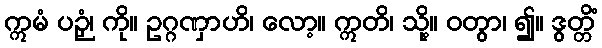
ဣမံ ပဉှံ၊ ကို။ ဥဂ္ဂဏှာဟိ၊ လော့။ ဣတိ၊ သို့။ ဝတွာ၊ ၍။ ဒွတ္တိံ